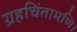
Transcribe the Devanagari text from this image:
ग्रहचिंतामणि।